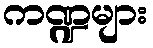
ကဏ္ဍများ